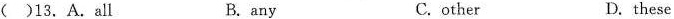
()13. A.All B. any C.other D.these